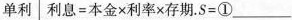
单利 利息=本金x利率x存期.$$S = ① ___$$